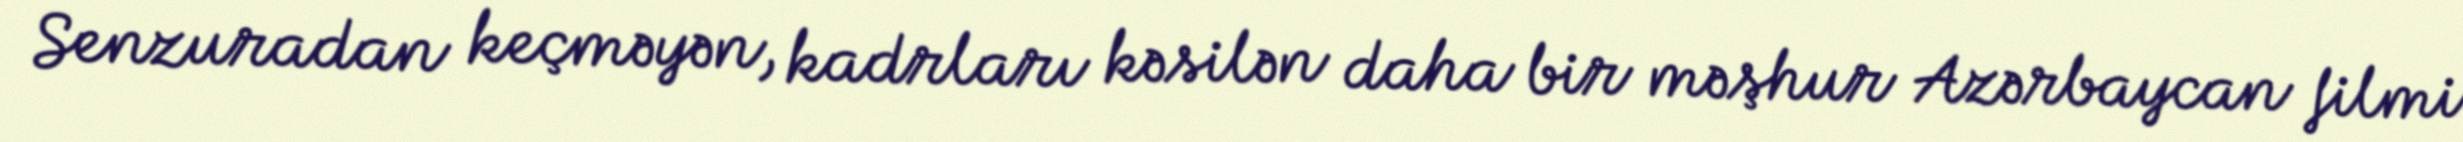
Senzuradan keçməyən, kadrları kəsilən daha bir məşhur Azərbaycan filmi